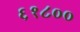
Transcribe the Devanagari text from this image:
६१८००